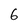
Character: 6